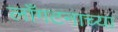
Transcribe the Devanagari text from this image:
लाँगटनाच्या